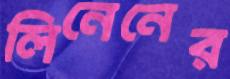
লিনেনের